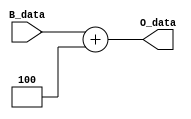
`timescale 1ns / 1ps
//////////////////////////////////////////////////////////////////////////////////
// Company: 
// Engineer: 
// 
// Design Name: 
// Module Name: Add1
// Project Name: 
// Target Devices: 
// Tool Versions: 
// Description: 
// 
// Dependencies: 
// 
// Revision:
// Revision 0.01 - File Created
// Additional Comments:
// 
//////////////////////////////////////////////////////////////////////////////////


module Add1(B_data,O_data);
    input[31:0] B_data;
    output[31:0] O_data;
    assign O_data=B_data+4;
endmodule